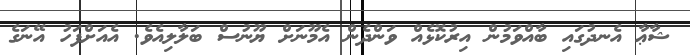
ޝާޢާ އެނދުގައި ބާއްވަމުން އިރުކޮޅެއް ވަންދެން އެމޫނަށް ޔޫނުސް ބަލާލިއެވެ. އެއަށްފަހު އޭނަގެ